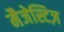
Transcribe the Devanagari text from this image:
मैजेस्टिज़